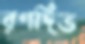
রণদিভ